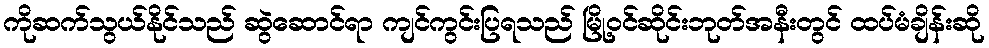
ကိုဆက်သွယ်နိုင်သည် ဆွဲဆောင်ရာ ကျင်ကွင်းပြရသည် မြို့ဝင်ဆိုင်းဘုတ်အနီးတွင် ထပ်မံချိန်းဆို